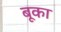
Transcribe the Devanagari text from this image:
बूका